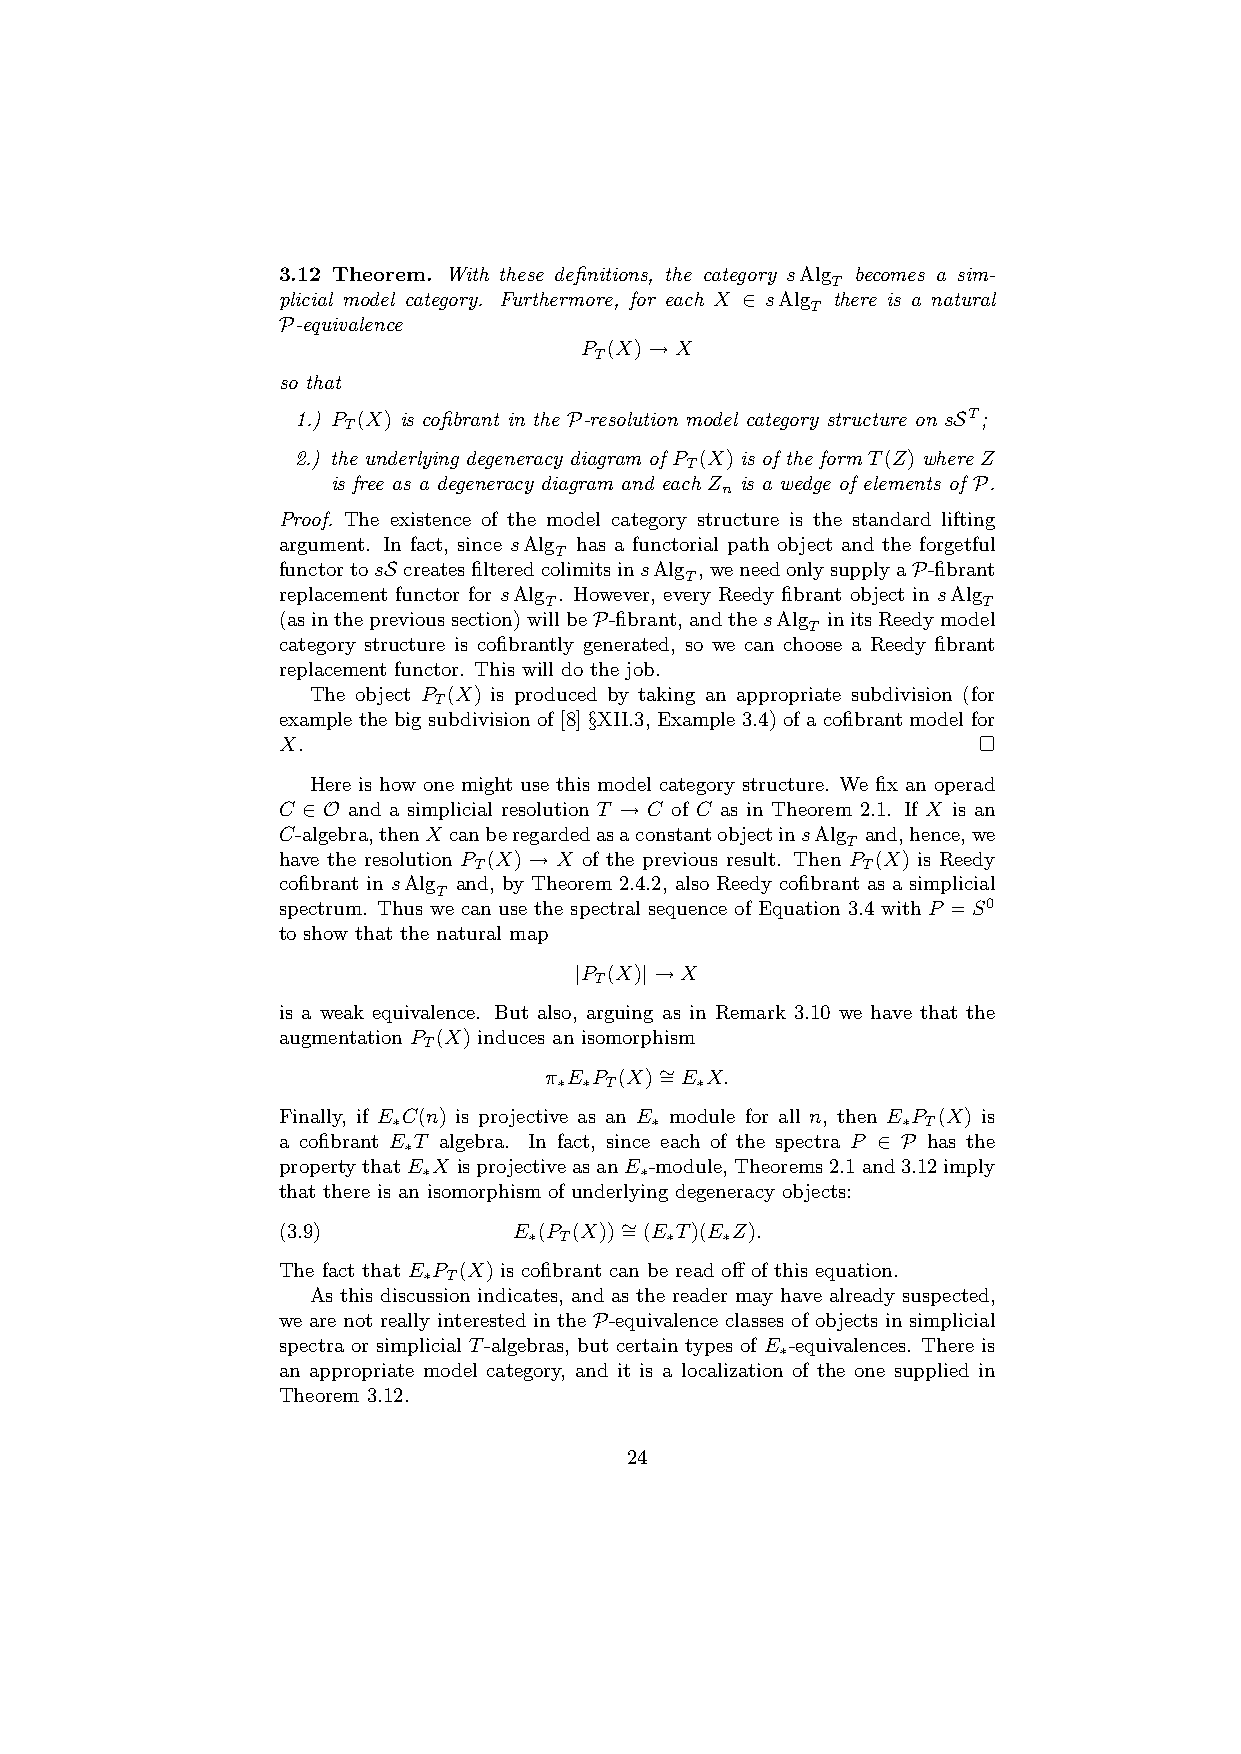
3.12 Theorem. With these definitions, the category sAlg becomes a sim-
 T
 plicial model category. Furthermore, for each X ∈ sAlg there is a natural
 T
 P-equivalence
 P (X)→X
 T
 so that
 1.) P (X) is cofibrant in the P-resolution model category structure on sST;
 T
 2.) the underlying degeneracy diagram of P (X) is of the form T(Z) where Z
 T
 is free as a degeneracy diagram and each Z is a wedge of elements of P.
 n
 Proof. The existence of the model category structure is the standard lifting
 argument. In fact, since sAlg has a functorial path object and the forgetful
 T
 functortosS createsfilteredcolimitsinsAlg ,weneedonlysupplyaP-fibrant
 T
 replacement functor for sAlg . However, every Reedy fibrant object in sAlg
 T                            T
 (asintheprevioussection)willbeP-fibrant,andthesAlg initsReedymodel
 T
 category structure is cofibrantly generated, so we can choose a Reedy fibrant
 replacement functor. This will do the job.
 The object P (X) is produced by taking an appropriate subdivision (for
 T
 example the big subdivision of [8] §XII.3, Example 3.4) of a cofibrant model for
 X.
 Here is how one might use this model category structure. We fix an operad
 C ∈ O and a simplicial resolution T → C of C as in Theorem 2.1. If X is an
 C-algebra,thenX canberegardedasaconstantobjectinsAlg and,hence,we
 T
 have the resolution P (X) → X of the previous result. Then P (X) is Reedy
 T                         T
 cofibrant in sAlg and, by Theorem 2.4.2, also Reedy cofibrant as a simplicial
 T
 spectrum. Thus we can use the spectral sequence of Equation 3.4 with P =S0
 to show that the natural map
 |P (X)|→X
 T
 is a weak equivalence. But also, arguing as in Remark 3.10 we have that the
 augmentation P (X) induces an isomorphism
 T
 π E P (X)∼ =E X.
 ∗ ∗ T    ∗
 Finally, if E C(n) is projective as an E module for all n, then E P (X) is
 ∗                ∗                ∗ T
 a cofibrant E T algebra. In fact, since each of the spectra P ∈ P has the
 ∗
 propertythatE X isprojectiveasanE -module,Theorems2.1and3.12imply
 ∗             ∗
 that there is an isomorphism of underlying degeneracy objects:
 (3.9)           E (P (X))∼ =(E T)(E Z).
 ∗ T      ∗   ∗
 The fact that E P (X) is cofibrant can be read off of this equation.
 ∗ T
 As this discussion indicates, and as the reader may have already suspected,
 we are not really interested in the P-equivalence classes of objects in simplicial
 spectra or simplicial T-algebras, but certain types of E -equivalences. There is
 ∗
 an appropriate model category, and it is a localization of the one supplied in
 Theorem 3.12.
 24